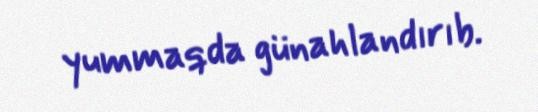
yummaqda günahlandırıb.